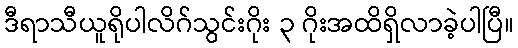
ဒီရာသီယူရိုပါလိဂ်သွင်းဂိုး ၃ ဂိုးအထိရှိလာခဲ့ပါပြီ။